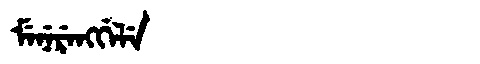
Manchu: ᠮᡝᠨᡝᡵᡝᠩᡤᡝᠯᡝ
Romanization: MENERENGGELE